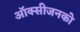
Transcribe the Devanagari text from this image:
ऑक्सीजनको